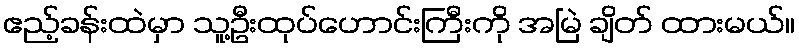
ဧည့်ခန်းထဲမှာ သူ့ဦးထုပ်ဟောင်းကြီးကို အမြဲ ချိတ် ထားမယ်။